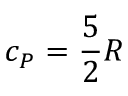
c _ { P } = { \frac { 5 } { 2 } } R